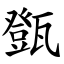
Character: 㽅